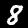
Digit: 8